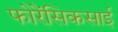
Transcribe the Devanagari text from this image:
फोरेंसिकसाई